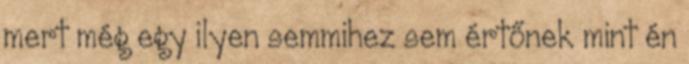
mert még egy ilyen semmihez sem értőnek mint én